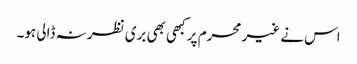
اس نے غیر محرم پر کبھی بھی بری نظر نہ ڈالی ہو۔